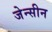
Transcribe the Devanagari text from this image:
जेन्सीन